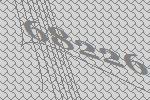
68226